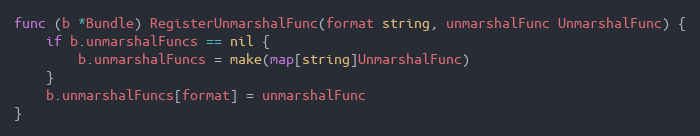
Language: Go
func (b *Bundle) RegisterUnmarshalFunc(format string, unmarshalFunc UnmarshalFunc) {
	if b.unmarshalFuncs == nil {
		b.unmarshalFuncs = make(map[string]UnmarshalFunc)
	}
	b.unmarshalFuncs[format] = unmarshalFunc
}